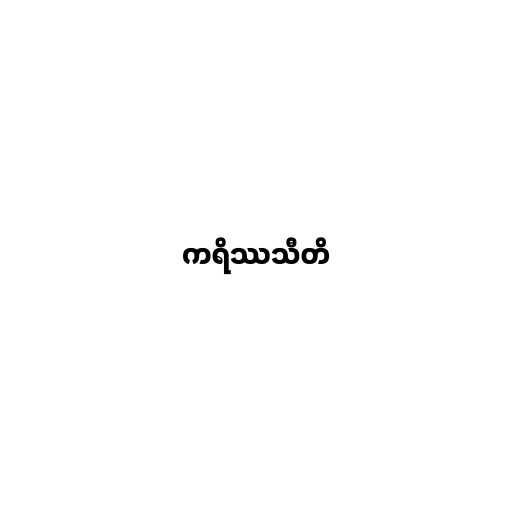
ကရိဿသီတိ